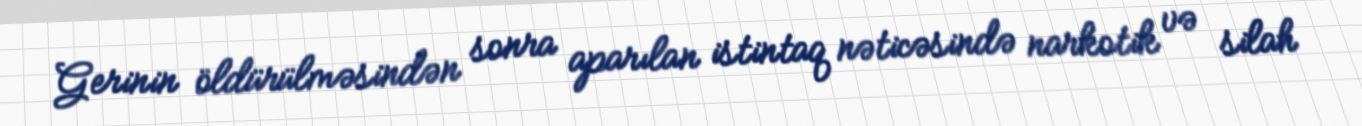
Gerinin öldürülməsindən sonra aparılan istintaq nəticəsində narkotik və silah